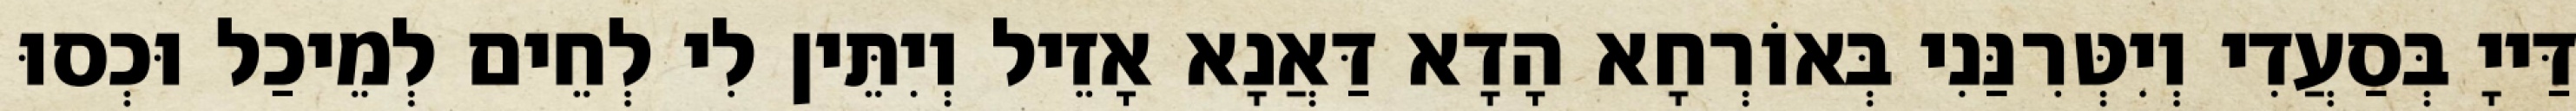
דַּייָ בְּסַעֲדִי וְיִטְּרִנַּנִי בְּאוֹרְחָא הָדָא דַּאֲנָא אָזֵיל וְיִתֵּין לִי לְחֵים לְמֵיכַל וּכְסוּ